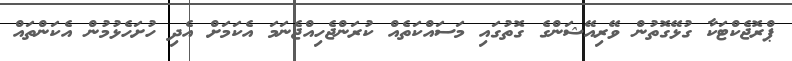
ޕްރޮޖެކްޓަކާ ގުޅޭގޮތުން ވޭރިއޭޝަންގެ ގޮތުގައި މަސައްކަތެއް ކުރަންޖެހިއްޖެނަމަ އެކަމަށް އެދި ހުށަހެޅުމުން އެކަންތައް